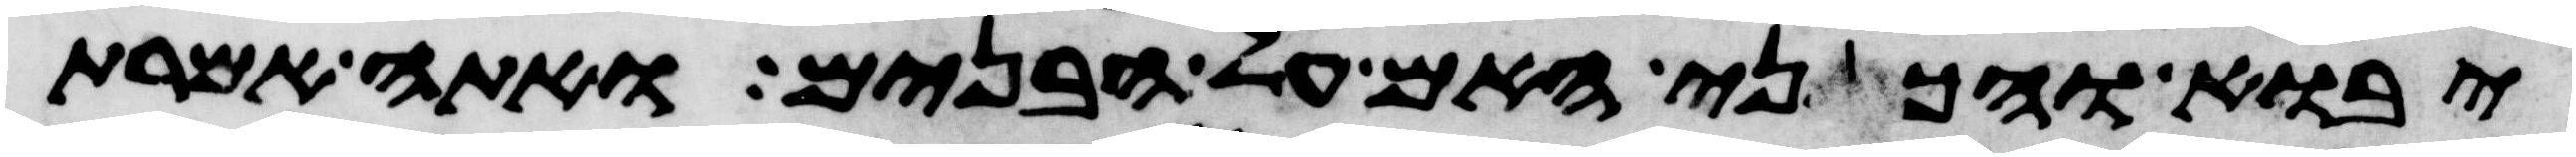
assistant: יבוא והכני האם על הבנים ואתה אמרת